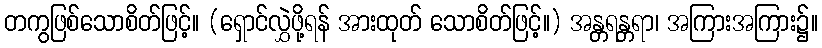
တကွဖြစ်သောစိတ်ဖြင့်။ (ရှောင်လွှဲဖို့ရန် အားထုတ် သောစိတ်ဖြင့်။) အန္တရန္တရာ၊ အကြားအကြား၌။